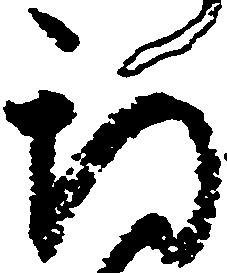
期